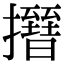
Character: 𢸰